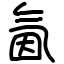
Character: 氤